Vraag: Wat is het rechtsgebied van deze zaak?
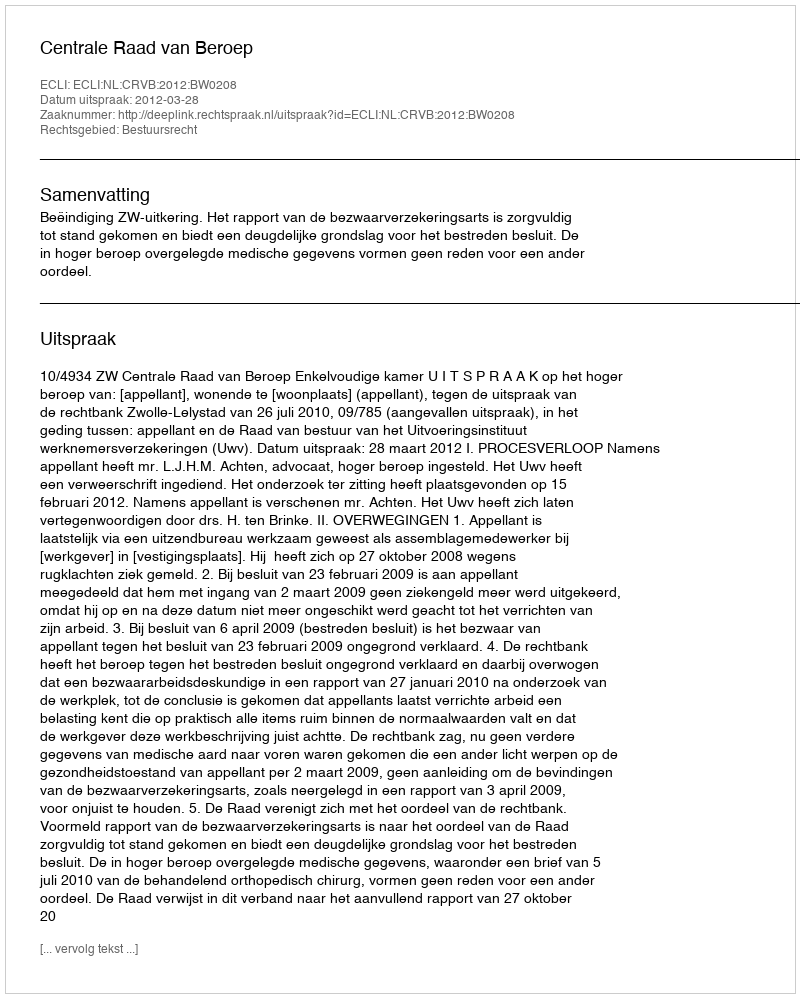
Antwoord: Bestuursrecht